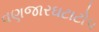
વણજારઘટાટોપ